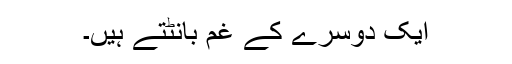
ایک دوسرے کے غم بانٹتے ہیں۔